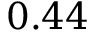
0 . 4 4